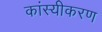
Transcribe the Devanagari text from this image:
कांस्यीकरण